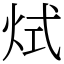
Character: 烒